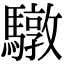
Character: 驐